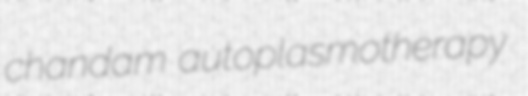
chandam autoplasmotherapy